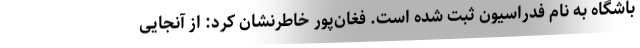
باشگاه به نام فدراسیون ثبت شده است. فغان‌پور خاطرنشان کرد:‌ از آنجایی